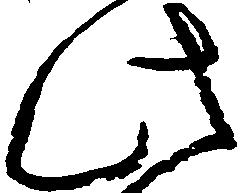
此